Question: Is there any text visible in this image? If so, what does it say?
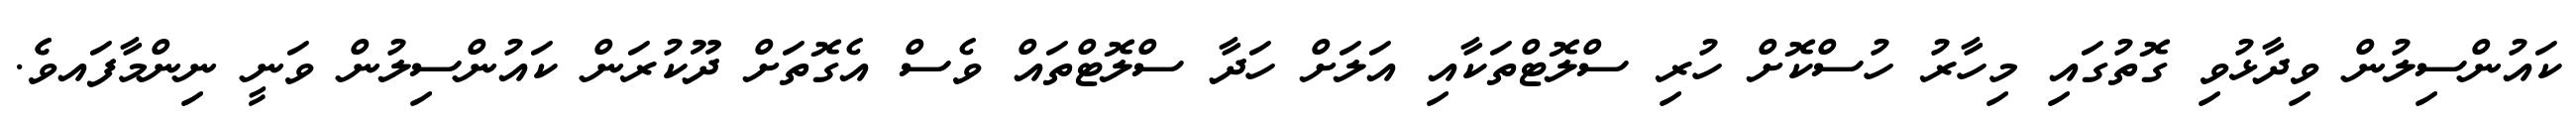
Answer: ކައުންސިލުން ވިދާޅުވި ގޮތުގައި މިހާރު ހުސްކޮށް ހުރި ސްލޮޓްތަކާއި އަލަށް ހަދާ ސްލޮޓްތައް ވެސް އެގޮތަށް ދޫކުރަން ކައުންސިލުން ވަނީ ނިންމާފައވެެ.